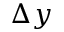
\Delta y